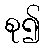
စု၍